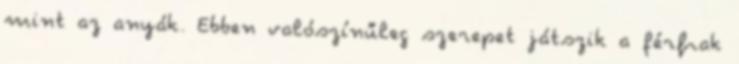
mint az anyák. Ebben valószínűleg szerepet játszik a férﬁak